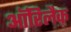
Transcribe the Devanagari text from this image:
ऑरिलैक